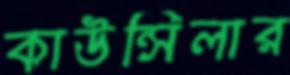
কাউন্সিলার